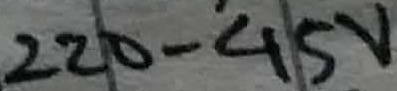
Text: 220-45V